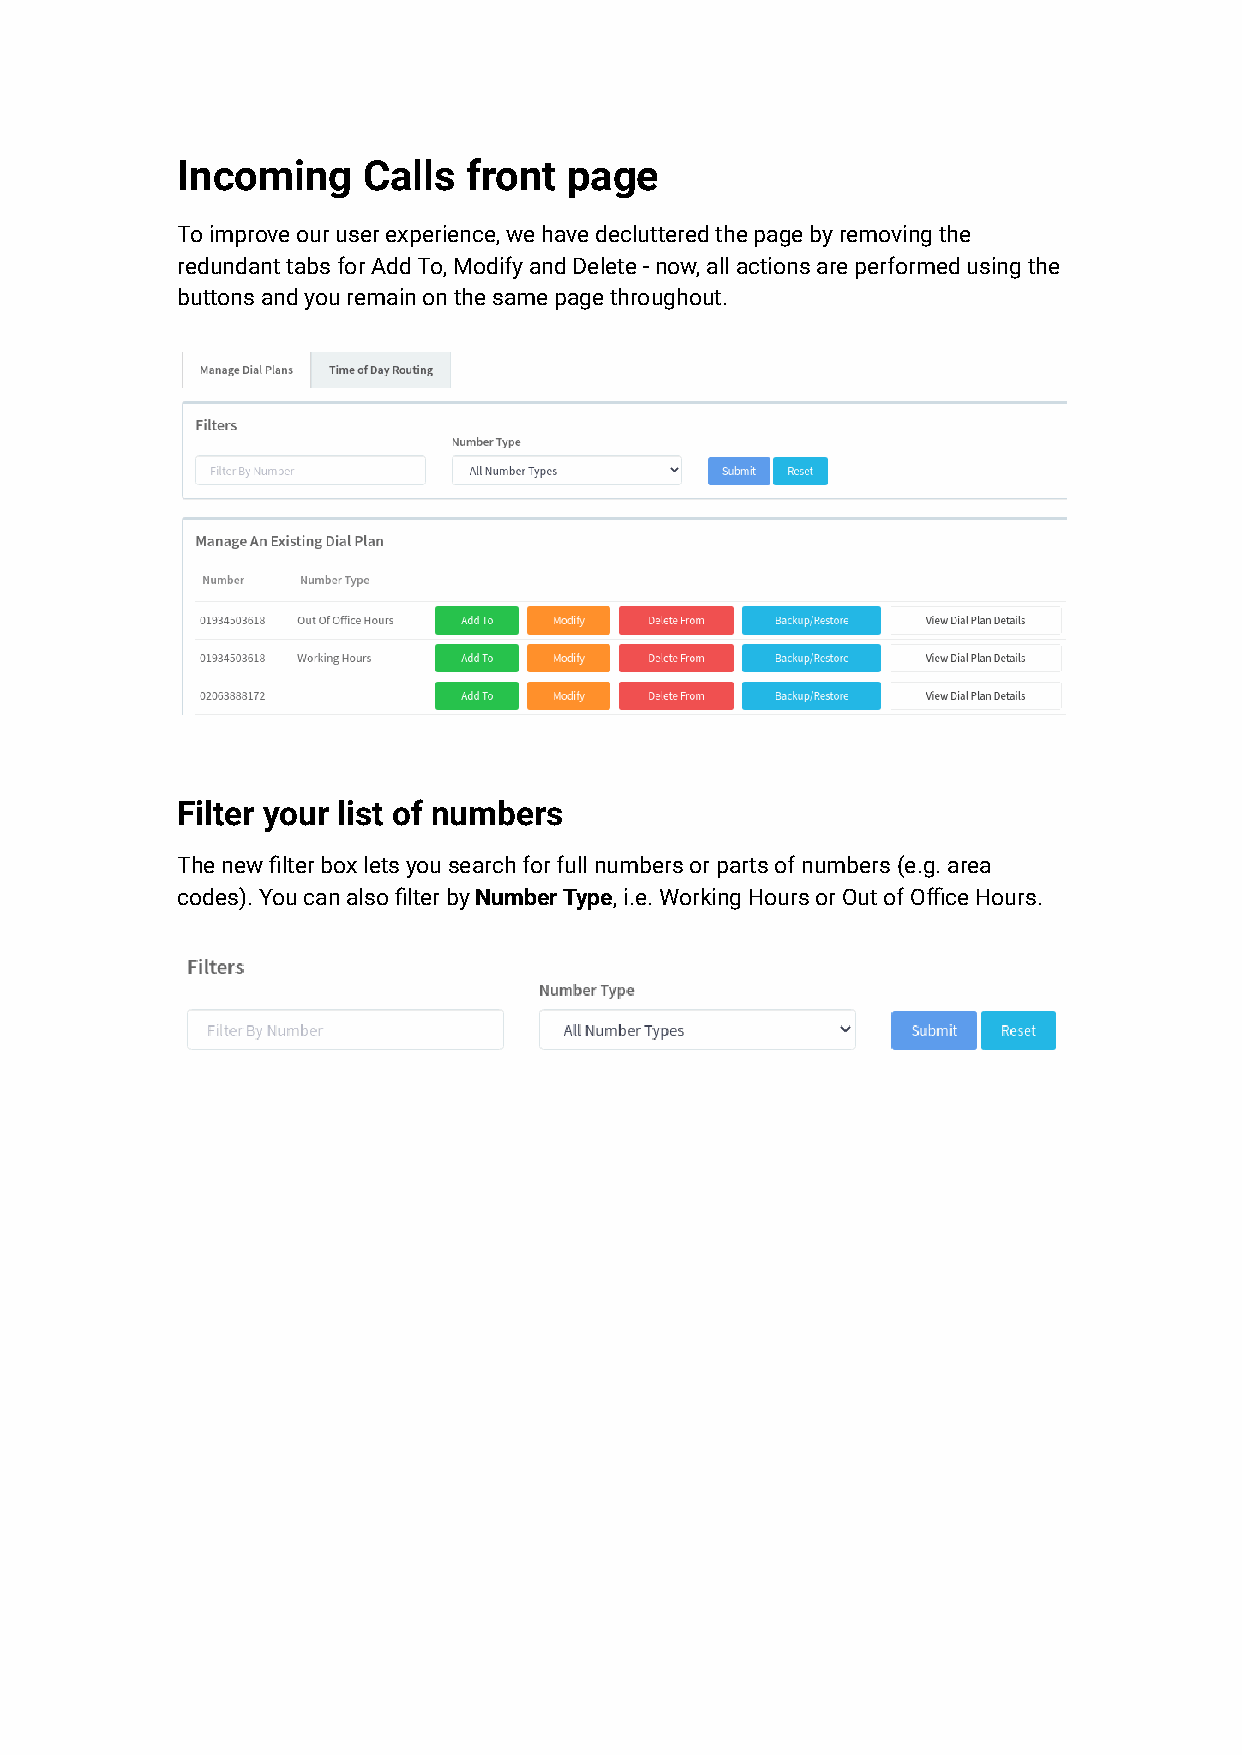
Incoming    Calls  front  page
 To improve our user experience, we have decluttered the page by removing the
 redundant tabs for Add To, Modify and Delete - now, all actions are performed using the
 buttons and you remain on the same page throughout.
 Filter your list of numbers
 The new filter box lets you search for full numbers or parts of numbers (e.g. area
 codes). You can also filter byNumber Type, i.e. WorkingHours or Out of Office Hours.